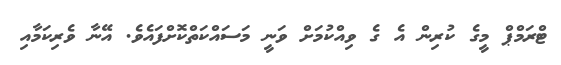
ޓްރަމްޕް މީގެ ކުރިން އެ ގެ ވިއްކުމަށް ވަނީ މަސައްކަތްކޮށްފައެވެ. އޭނާ ވެރިކަމާއި